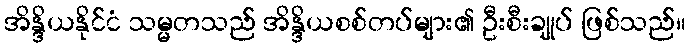
အိန္ဒိယနိုင်ငံ သမ္မတသည် အိန္ဒိယစစ်တပ်များ၏ ဦးစီးချုပ် ဖြစ်သည်။